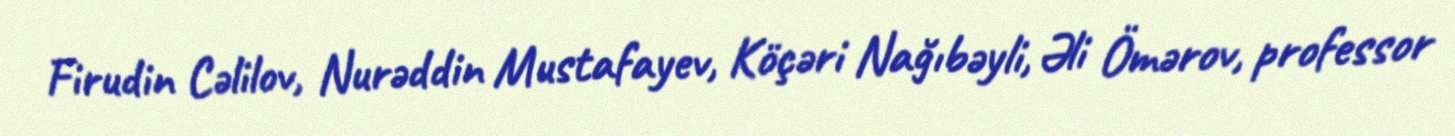
Firudin Cəlilov, Nurəddin Mustafayev, Köçəri Nağıbəyli, Əli Ömərov, professor